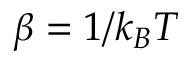
\beta = 1 / k _ { B } T